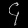
Digit: ၄